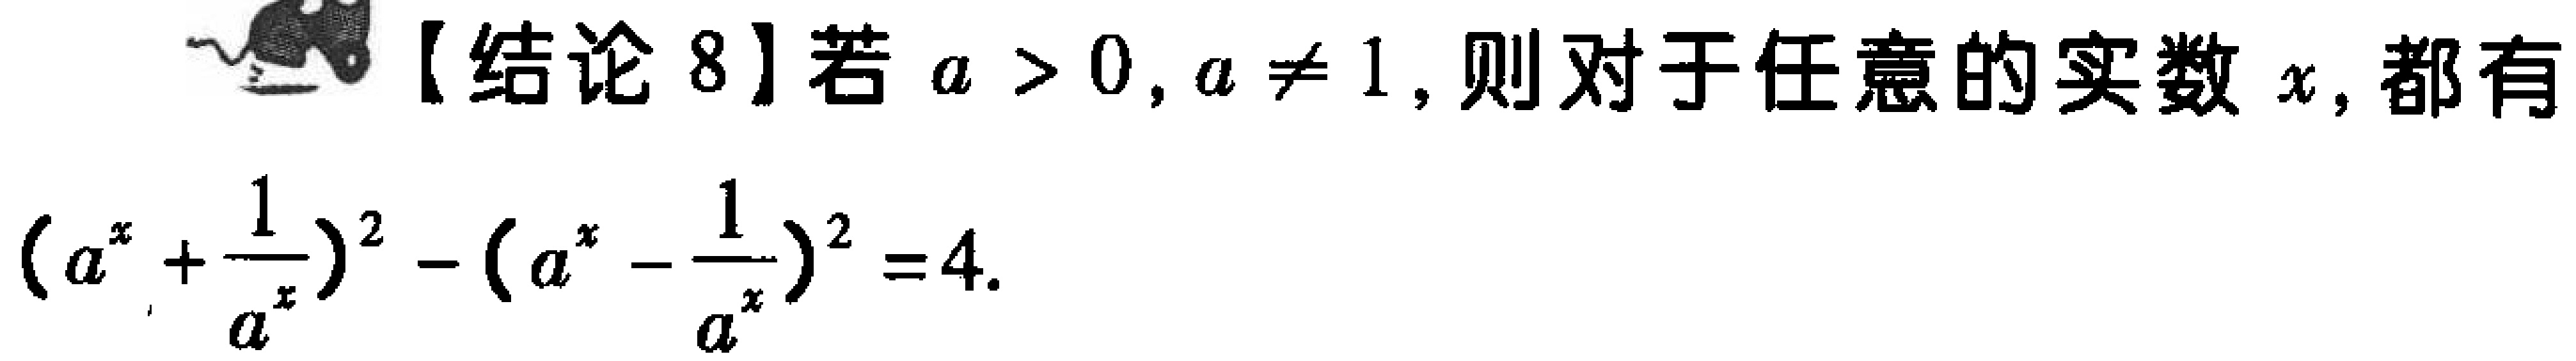
【结论 8】若 \(a > 0,a \neq 1\)，则对于任意的实数 \(x\)，都有
\((a^{x}+\frac{1}{a^{x}})^{2}-(a^{x}-\frac{1}{a^{x}})^{2}=4\)